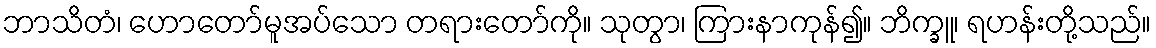
ဘာသိတံ၊ ဟောတော်မူအပ်သော တရားတော်ကို။ သုတွာ၊ ကြားနာကုန်၍။ ဘိက္ခူ၊ ရဟန်းတို့သည်။